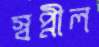
স্বপ্নীল